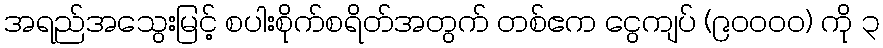
အရည်အသွေးမြင့် စပါးစိုက်စရိတ်အတွက် တစ်ဧက ငွေကျပ် (၉၀၀၀၀) ကို ၃